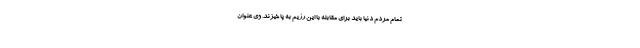
تمام مردم دنیا باید برای مقابله با این رژیم به پا خیزند. وی عنوان